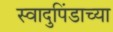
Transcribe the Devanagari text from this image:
स्वादुपिंडाच्या